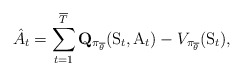
\begin{align*} \hat{A}_t = \sum_{t=1}^{\overline{T}} \mathbf{Q}_{\pi_{\overline{\theta}}}(\mathrm{S}_t, \mathrm{A}_t) - V_{\pi_{\overline{\theta}}}(\mathrm{S}_t),\end{align*}